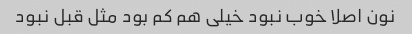
نون اصلا خوب نبود خیلی هم کم بود مثل قبل نبود